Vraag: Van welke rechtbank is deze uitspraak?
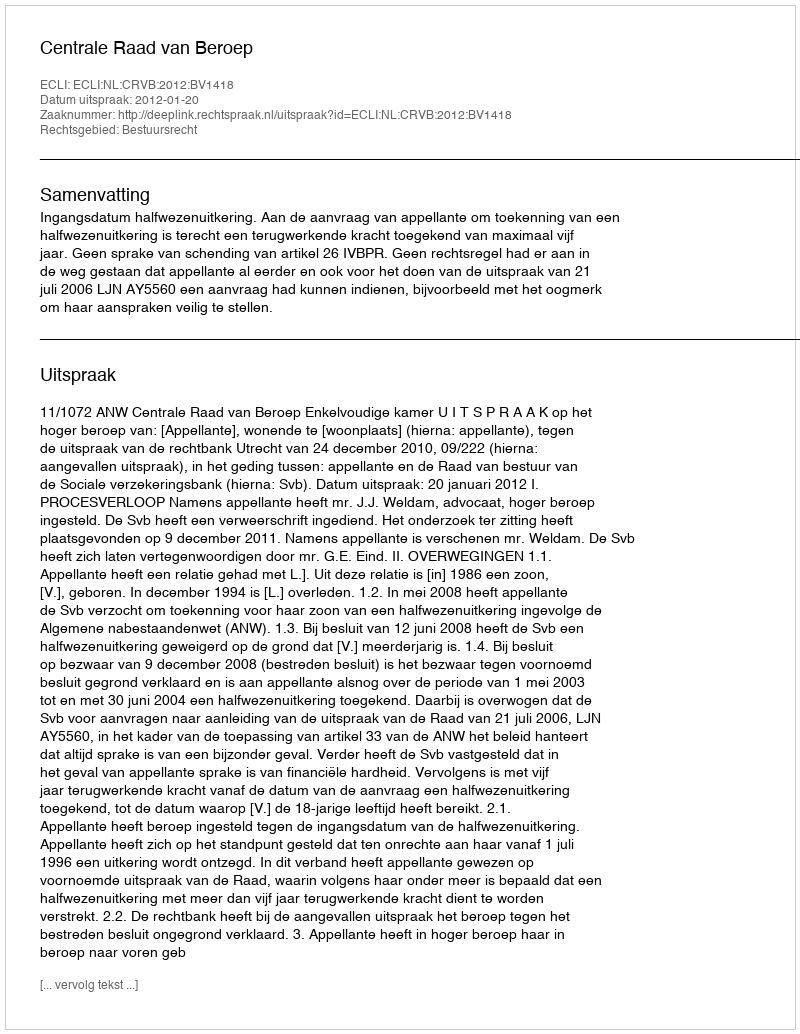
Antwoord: Centrale Raad van Beroep